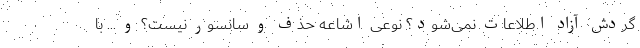
گردش آزاد اطلاعات نمی‌شود؟ نوعی اشاعه حذف و سانسور نیست؟ و ... با